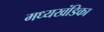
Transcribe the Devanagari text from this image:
मध्यखंडिका